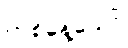
တစ်နေ့သော်